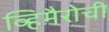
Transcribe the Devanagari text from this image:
व्हिमैरोची